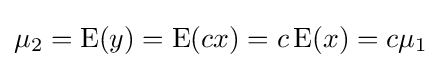
\mu _{2}=\operatorname {E} (y)=\operatorname {E} (cx)=c\operatorname {E} (x)=c\mu _{1}